Civil Veterinary Dept. Bombay admin report 1914-1922 - 1914-1922
Year: 1914
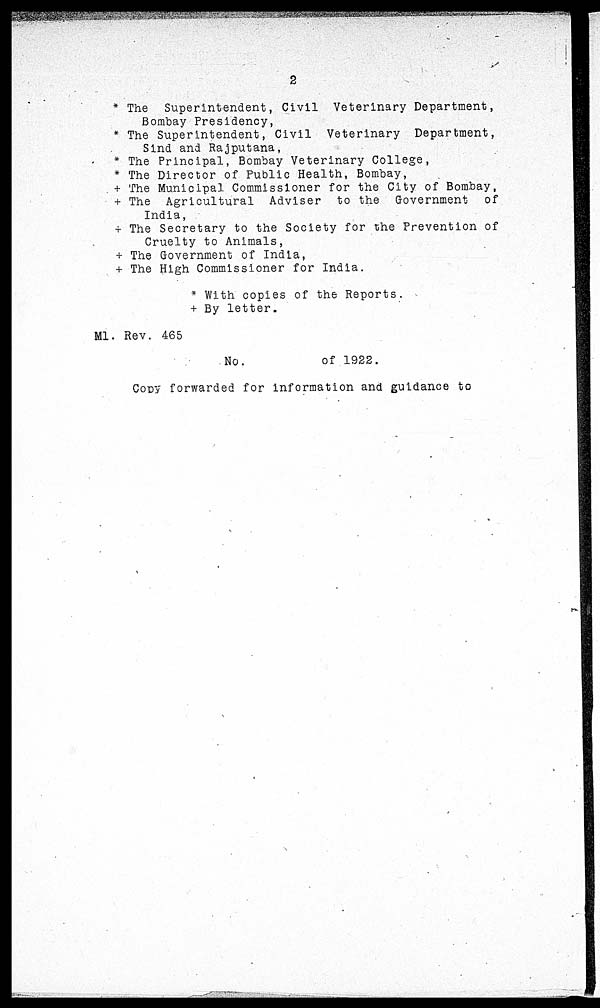
2
* The Superintendent, Civil Veterinary Department,
Bombay Presidency,
* The Superintendent, Civil Veterinary
Department,
Sind and Rajputana,
* The Principal, Bombay Veterinary College,
* The Director of Public Health, Bombay,
+ The Municipal Commissioner for the City of Bombay,
+ The Agricultural Adviser to the Government
of
India,
+ The Secretary to the Society for the Prevention of
Cruelty to Animals,
+ The Government of India,
+ The High Commissioner for India.
* With copies of the Reports.
+ By letter.
M1. Rev. 465
No.
of 1922.
Copy forwarded for information and guidance to